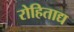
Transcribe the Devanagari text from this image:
रोहिताद्य